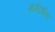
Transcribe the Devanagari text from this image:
मार्गदर्शना